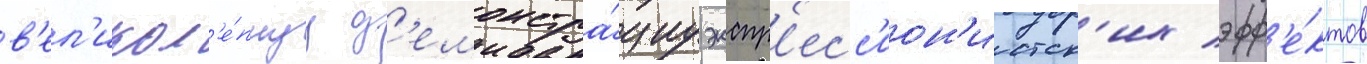
в'ел'икол'е́пнуу д'емонстра́циу экспр'есс'ион'истск'их эфф'е́ктов